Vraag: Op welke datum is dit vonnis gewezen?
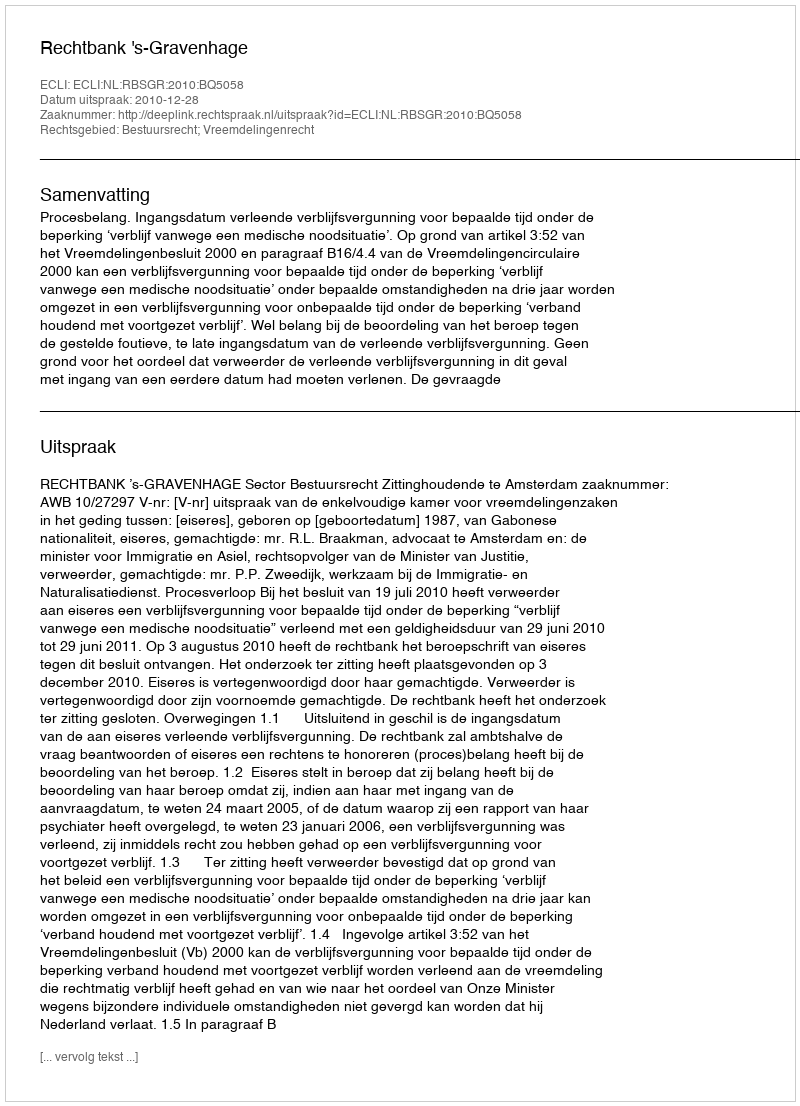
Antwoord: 2010-12-28